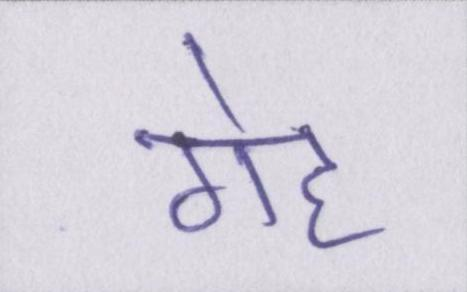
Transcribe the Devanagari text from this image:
गेह